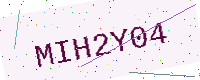
Text: MIH2Y04